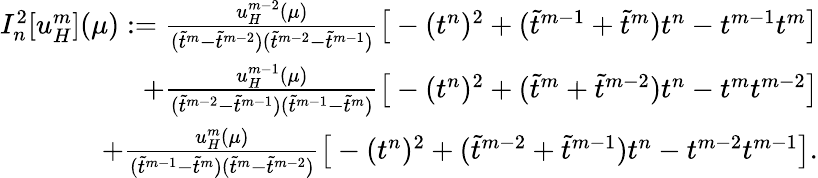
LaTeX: \begin{array}{r}{I_{n}^{2}[u_{H}^{m}](\mu):=\frac{u_{H}^{m-2}(\mu)}{(\widetilde{t}^{m}-\widetilde{t}^{m-2})(\widetilde{t}^{m-2}-\widetilde{t}^{m-1})}\big[-(t^{n})^{2}+(\widetilde{t}^{m-1}+\widetilde{t}^{m})t^{n}-t^{m-1}t^{m}\big]}\\ {+\frac{u_{H}^{m-1}(\mu)}{(\widetilde{t}^{m-2}-\widetilde{t}^{m-1})(\widetilde{t}^{m-1}-\widetilde{t}^{m})}\big[-(t^{n})^{2}+(\widetilde{t}^{m}+\widetilde{t}^{m-2})t^{n}-t^{m}t^{m-2}\big]}\\ {+\frac{u_{H}^{m}(\mu)}{(\widetilde{t}^{m-1}-\widetilde{t}^{m})(\widetilde{t}^{m}-\widetilde{t}^{m-2})}\big[-(t^{n})^{2}+(\widetilde{t}^{m-2}+\widetilde{t}^{m-1})t^{n}-t^{m-2}t^{m-1}\big].}\end{array}